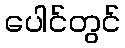
ပေါင်တွင်